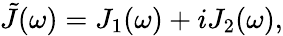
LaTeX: \tilde{J}(\omega)=J_{1}(\omega)+iJ_{2}(\omega),